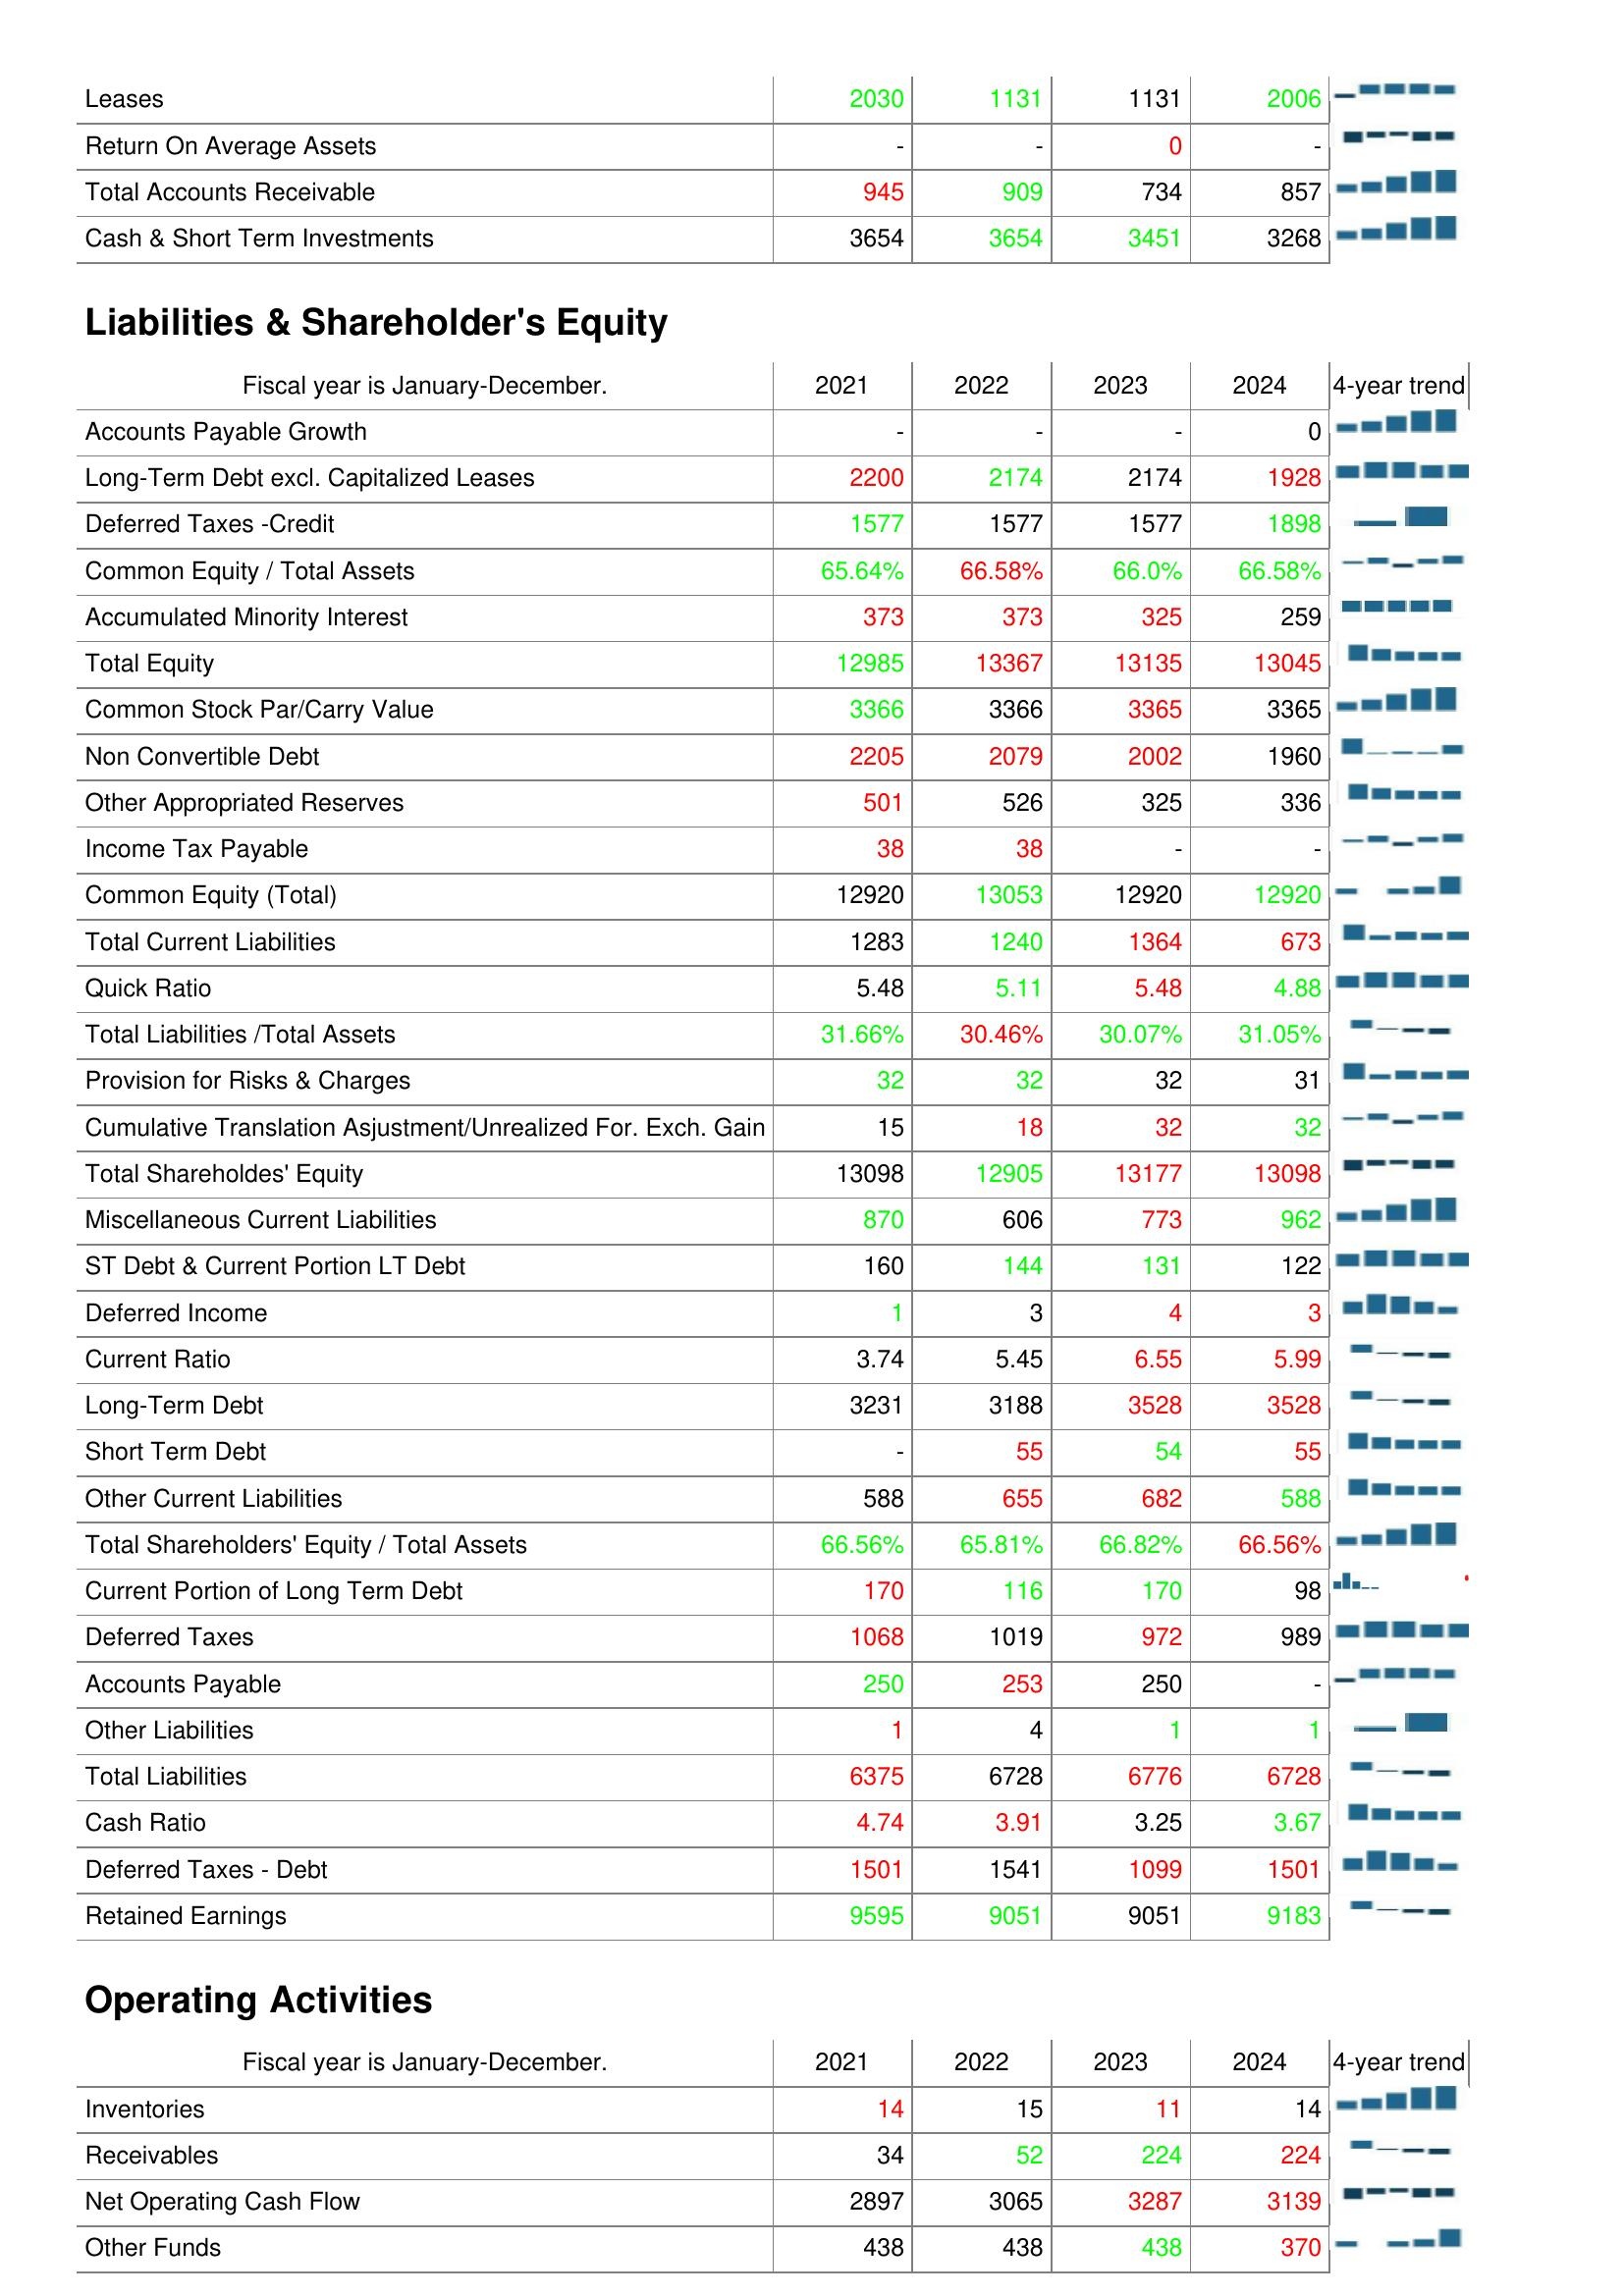
2021: Assets: Leases: 2030
Return On Average Assets: -
Total Accounts Receivable: 945
Cash & Short Term Investments: 3654
Liabilities & Shareholder's Equity: Accounts Payable Growth: -
Long-Term Debt excl. Capitalized Leases: 2200
Deferred Taxes -Credit: 1577
Common Equity / Total Assets: 65.64%
Accumulated Minority Interest: 373
Total Equity: 12985
Common Stock Par/Carry Value: 3366
Non Convertible Debt: 2205
Other Appropriated Reserves: 501
Income Tax Payable: 38
Common Equity (Total): 12920
Total Current Liabilities: 1283
Quick Ratio: 5.48
Total Liabilities /Total Assets: 31.66%
Provision for Risks & Charges: 32
Cumulative Translation Asjustment/Unrealized For. Exch. Gain: 15
Total Shareholdes' Equity: 13098
Miscellaneous Current Liabilities: 870
ST Debt & Current Portion LT Debt: 160
Deferred Income: 1
Current Ratio: 3.74
Long-Term Debt: 3231
Short Term Debt: -
Other Current Liabilities: 588
Total Shareholders' Equity / Total Assets: 66.56%
Current Portion of Long Term Debt: 170
Deferred Taxes: 1068
Accounts Payable: 250
Other Liabilities: 1
Total Liabilities: 6375
Cash Ratio: 4.74
Deferred Taxes - Debt: 1501
Retained Earnings: 9595
Operating Activities: Inventories: 14
Receivables: 34
Net Operating Cash Flow: 2897
Other Funds: 438
2022: Assets: Leases: 1131
Return On Average Assets: -
Total Accounts Receivable: 909
Cash & Short Term Investments: 3654
Liabilities & Shareholder's Equity: Accounts Payable Growth: -
Long-Term Debt excl. Capitalized Leases: 2174
Deferred Taxes -Credit: 1577
Common Equity / Total Assets: 66.58%
Accumulated Minority Interest: 373
Total Equity: 13367
Common Stock Par/Carry Value: 3366
Non Convertible Debt: 2079
Other Appropriated Reserves: 526
Income Tax Payable: 38
Common Equity (Total): 13053
Total Current Liabilities: 1240
Quick Ratio: 5.11
Total Liabilities /Total Assets: 30.46%
Provision for Risks & Charges: 32
Cumulative Translation Asjustment/Unrealized For. Exch. Gain: 18
Total Shareholdes' Equity: 12905
Miscellaneous Current Liabilities: 606
ST Debt & Current Portion LT Debt: 144
Deferred Income: 3
Current Ratio: 5.45
Long-Term Debt: 3188
Short Term Debt: 55
Other Current Liabilities: 655
Total Shareholders' Equity / Total Assets: 65.81%
Current Portion of Long Term Debt: 116
Deferred Taxes: 1019
Accounts Payable: 253
Other Liabilities: 4
Total Liabilities: 6728
Cash Ratio: 3.91
Deferred Taxes - Debt: 1541
Retained Earnings: 9051
Operating Activities: Inventories: 15
Receivables: 52
Net Operating Cash Flow: 3065
Other Funds: 438
2023: Assets: Leases: 1131
Return On Average Assets: 0
Total Accounts Receivable: 734
Cash & Short Term Investments: 3451
Liabilities & Shareholder's Equity: Accounts Payable Growth: -
Long-Term Debt excl. Capitalized Leases: 2174
Deferred Taxes -Credit: 1577
Common Equity / Total Assets: 66.0%
Accumulated Minority Interest: 325
Total Equity: 13135
Common Stock Par/Carry Value: 3365
Non Convertible Debt: 2002
Other Appropriated Reserves: 325
Income Tax Payable: -
Common Equity (Total): 12920
Total Current Liabilities: 1364
Quick Ratio: 5.48
Total Liabilities /Total Assets: 30.07%
Provision for Risks & Charges: 32
Cumulative Translation Asjustment/Unrealized For. Exch. Gain: 32
Total Shareholdes' Equity: 13177
Miscellaneous Current Liabilities: 773
ST Debt & Current Portion LT Debt: 131
Deferred Income: 4
Current Ratio: 6.55
Long-Term Debt: 3528
Short Term Debt: 54
Other Current Liabilities: 682
Total Shareholders' Equity / Total Assets: 66.82%
Current Portion of Long Term Debt: 170
Deferred Taxes: 972
Accounts Payable: 250
Other Liabilities: 1
Total Liabilities: 6776
Cash Ratio: 3.25
Deferred Taxes - Debt: 1099
Retained Earnings: 9051
Operating Activities: Inventories: 11
Receivables: 224
Net Operating Cash Flow: 3287
Other Funds: 438
2024: Assets: Leases: 2006
Return On Average Assets: -
Total Accounts Receivable: 857
Cash & Short Term Investments: 3268
Liabilities & Shareholder's Equity: Accounts Payable Growth: 0
Long-Term Debt excl. Capitalized Leases: 1928
Deferred Taxes -Credit: 1898
Common Equity / Total Assets: 66.58%
Accumulated Minority Interest: 259
Total Equity: 13045
Common Stock Par/Carry Value: 3365
Non Convertible Debt: 1960
Other Appropriated Reserves: 336
Income Tax Payable: -
Common Equity (Total): 12920
Total Current Liabilities: 673
Quick Ratio: 4.88
Total Liabilities /Total Assets: 31.05%
Provision for Risks & Charges: 31
Cumulative Translation Asjustment/Unrealized For. Exch. Gain: 32
Total Shareholdes' Equity: 13098
Miscellaneous Current Liabilities: 962
ST Debt & Current Portion LT Debt: 122
Deferred Income: 3
Current Ratio: 5.99
Long-Term Debt: 3528
Short Term Debt: 55
Other Current Liabilities: 588
Total Shareholders' Equity / Total Assets: 66.56%
Current Portion of Long Term Debt: 98
Deferred Taxes: 989
Accounts Payable: -
Other Liabilities: 1
Total Liabilities: 6728
Cash Ratio: 3.67
Deferred Taxes - Debt: 1501
Retained Earnings: 9183
Operating Activities: Inventories: 14
Receivables: 224
Net Operating Cash Flow: 3139
Other Funds: 370